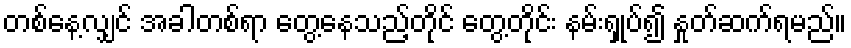
တစ်နေ့လျှင် အခါတစ်ရာ တွေ့နေသည့်တိုင် တွေ့တိုင်း နမ်းရှုပ်၍ နှုတ်ဆက်ရမည်။